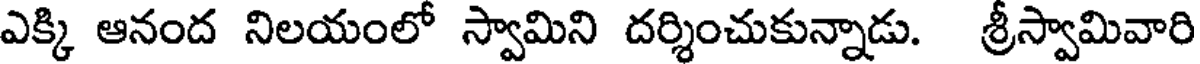
ఎక్కి ఆనంద నిలయంలో స్వామిని దర్శించుకున్నాడు. శ్రీస్వామివారి